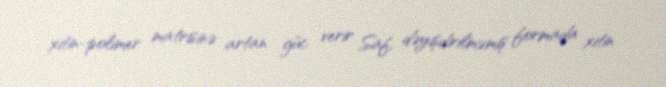
xitin-polimer matrisinə artan güc verir Saf, dəyişdirilməmiş formada xitin